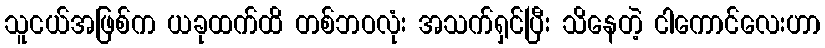
သူငယ်အဖြစ်က ယခုထက်ထိ တစ်ဘဝလုံး အသက်ရှင်ပြီး သိနေတဲ့ ငါကောင်လေးဟာ